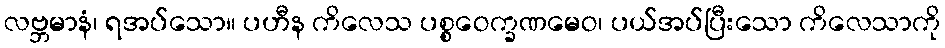
လဗ္ဘမာနံ၊ ရအပ်သော။ ပဟီန ကိလေသ ပစ္စဝေက္ခဏမေဝ၊ ပယ်အပ်ပြီးသော ကိလေသာကို